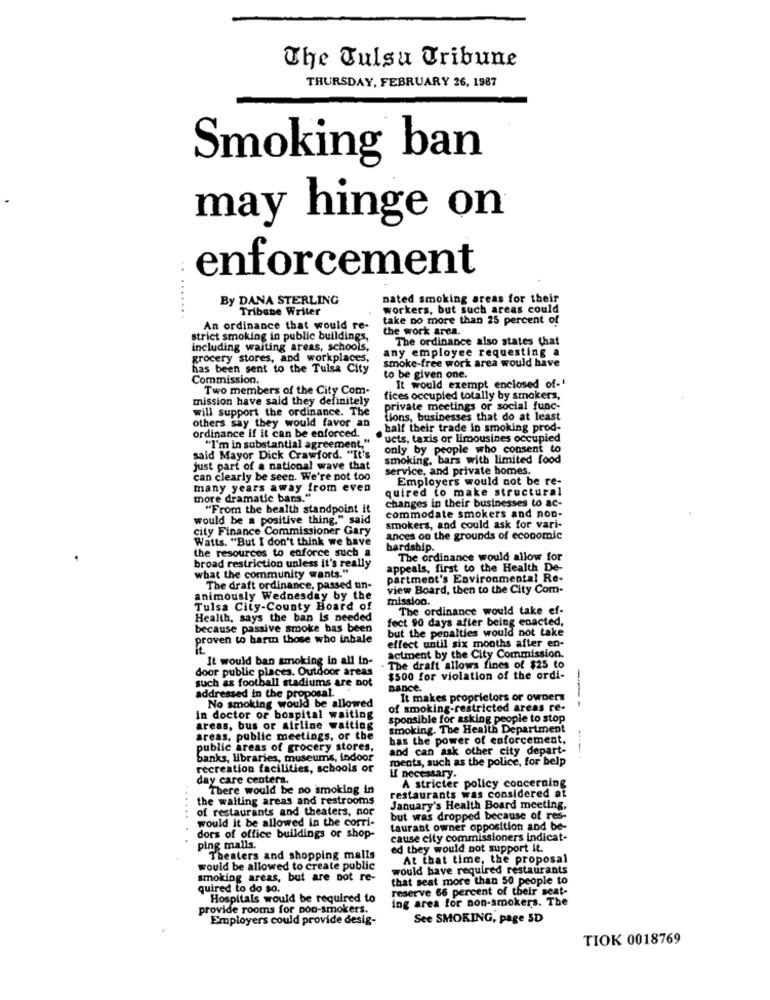
The Tulsu Tribune
THURSDAY, FEBRUARY 26, 1987
Smoking ban
may hinge on
enforcement
By DANA STERLING
nated smoking areas for their
Tribune Writer
workers, but such areas could
take no more than 25 percent of
An ordinance that would re-
the work area.
strict smoking in public buildings,
The ordinance also states that
including waiting areas, schools,
any employee requesting a
grocery stores, and workplaces,
smoke-free work area would have
has been sent to the Tulsa City
Commission.
to be given one.
Two members of the City Com-
It would exempt enclosed of-4
mission have said they definitely
fices occupied totally by smokers,
will support the ordinance. The
private meetings or social func-
others say they would favor an
Lions, businesses that do at least
half their trade in smoking prod-
ordinance if it can be enforced.
"ucts, taxis or limousines occupied
"I'm in substantial agreement,"
only by people who consent to
said Mayor Dick Crawford. "It's
smoking, bars with limited food
just part of a national wave that
service, and private homes.
can clearly be seen. We're not too
Employers would not be re-
many years away from even
quired to make structural
more dramatic bars."
changes in their businesses to ac-
"From the health standpoint it
commodate smokers and non-
would be a positive thing." said
city Finance Commissioner Gary
smokers, and could ask for vari-
Watts. "But I don't think we have
ances on the grounds of economic
the resources to enforce such a
hardship.
The ordinance would allow for
broad restriction unless it's really
appeals, first to the Health De-
what the community wants."
partment's Environmental Re-
The draft ordinance, passed un-
view Board, then to the City Com-
animously Wednesday by the
mission.
Tulsa City-County Board of
The ordinance would take ef-
Health, says the ban is needed
fect 90 days after being enacted,
because passive smoke has been
but the penalties would not take
proven to barun those who inbale
effect until six months after en-
It would ban smoking in all in-
actment by the City Commission.
door public places. Outdoor areas
- The draft allows fines of $25 to
such as football stadiums are not
$500 for violation of the ordi-
addressed in the proposal.
Dance.
It makes proprietors or owners
No smoking would be allowed
of smoking-restricted areas re-
--
in doctor or bospital waiting
sponsible for asking people to stop
areas, bus or airline watting
smoking. The Health Department
areas, public meetings, or the
bas the power of enforcement,
public areas of grocery stores,
and can ask other city depart-
-
banks, libraries, museums, indoor
ments, such as the police, for belp
recreation facilities, schools or
day care centers.
If necessary
A stricter policy concerning
There would be no smoking in
restaurants was considered at
....
the walting areas and restrooms
of restaurants and theaters, nor
January's Health Board meeting,
would it be allowed in the corri-
but was dropped because of res-
taurant owner opposition and be-
dors of office buildings or shop-
cause city commissioners indicat-
ping malls.
ed they would not support It.
Theaters and shopping malls
At that time, the proposal
would be allowed to create public
would have required restaurants
smoking areas, but are not re-
that seat more than 50 people to
quired to do so.
reserve 66 percent of their seat-
Hospitals would be required to
Ing area for non-smokers. The
provide rooms for non-smokers.
Employers could provide desig-
See SMOKING, page SD
TIOK 0018769